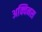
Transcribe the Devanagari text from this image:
अक्विनस